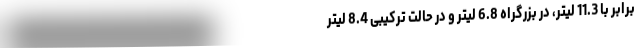
برابر با 11.3 لیتر، در بزرگراه 6.8 لیتر و در حالت ترکیبی 8.4 لیتر